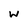
Character: W